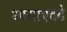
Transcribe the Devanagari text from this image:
भागाएवढे